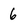
Character: 6